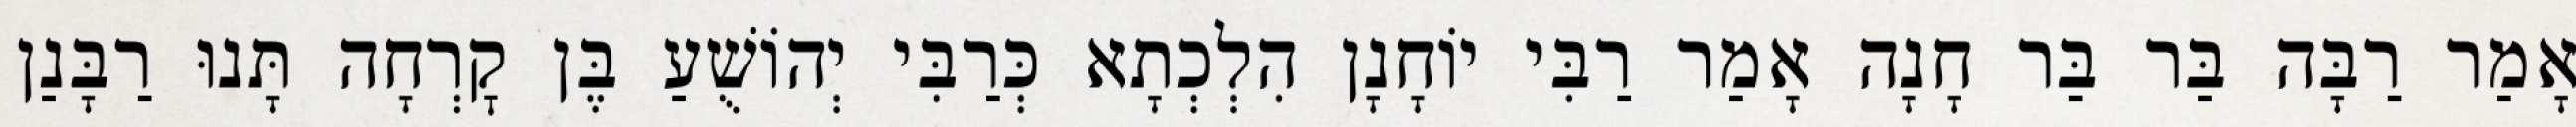
אָמַר רַבָּה בַּר בַּר חָנָה אָמַר רַבִּי יוֹחָנָן הִלְכְתָא כְּרַבִּי יְהוֹשֻׁעַ בֶּן קׇרְחָה תָּנוּ רַבָּנַן